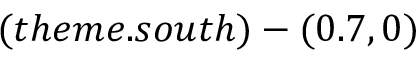
( t h e m e . s o u t h ) - ( 0 . 7 , 0 )